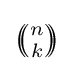
{\textstyle \left(\!\!{\binom {n}{k}}\!\!\right)}